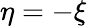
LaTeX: \eta=-\xi